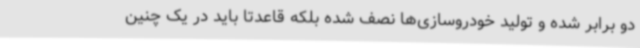
دو برابر شده و تولید خودروسازی‌ها نصف شده بلکه قاعدتا باید در یک چنین